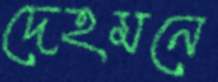
দেহমনে